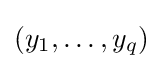
(y_{1},\ldots ,y_{q})